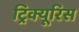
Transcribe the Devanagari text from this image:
ट्रिक्यूरिस